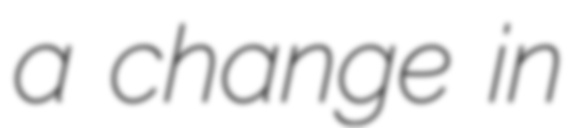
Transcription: a change in